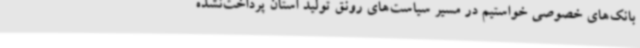
بانک‌های خصوصی خواستیم در مسیر سیاست‌های رونق تولید استان پرداخت‌نشده